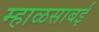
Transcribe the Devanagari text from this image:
म्हाळसाबई